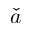
\check { a }